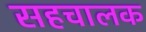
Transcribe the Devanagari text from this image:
सहचालक